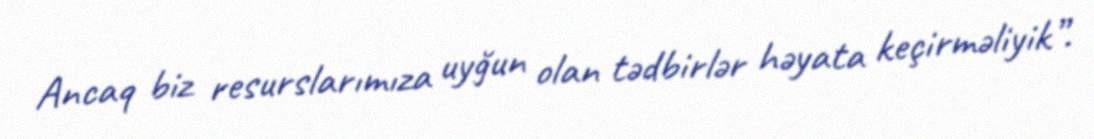
Ancaq biz resurslarımıza uyğun olan tədbirlər həyata keçirməliyik”.